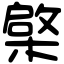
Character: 𣘼